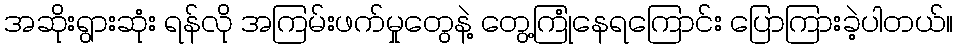
အဆိုးရွားဆုံး ရန်လို အကြမ်းဖက်မှုတွေနဲ့ တွေ့ကြုံနေရကြောင်း ပြောကြားခဲ့ပါတယ်။